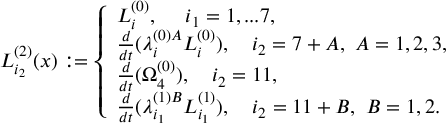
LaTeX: L _ { i _ { 2 } } ^ { ( 2 ) } ( x ) : = \left\{ \begin{array} { l l l l } { { L _ { i } ^ { ( 0 ) } , ~ ~ ~ \ i _ { 1 } = 1 , . . . 7 , } } \\ { { \frac { d } { d t } ( \lambda _ { i } ^ { ( 0 ) A } L _ { i } ^ { ( 0 ) } ) , ~ ~ ~ i _ { 2 } = 7 + A , ~ A = 1 , 2 , 3 , } } \\ { { \frac { d } { d t } ( \Omega _ { 4 } ^ { ( 0 ) } ) , ~ ~ ~ i _ { 2 } = 1 1 , } } \\ { { \frac { d } { d t } ( \lambda _ { i _ { 1 } } ^ { ( 1 ) B } L _ { i _ { 1 } } ^ { ( 1 ) } ) , ~ ~ ~ i _ { 2 } = 1 1 + B , ~ B = 1 , 2 . } } \end{array} \right.